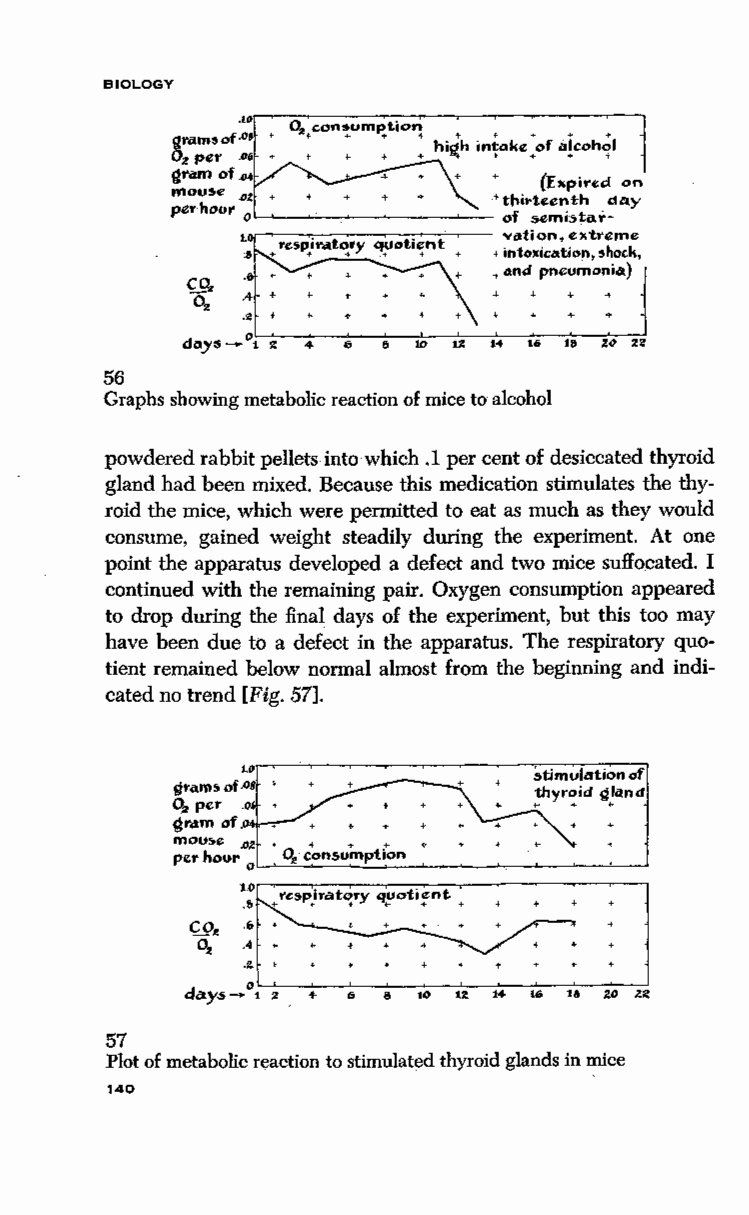
BIOLOGY
 ,..--..,.--::--~...,..,..,,.......,~- VCltion, extreme
 + intoxication, shock,
 +and pneumonia)
 H  16 1& %0 U
 56
 Graphs showing metabolic reaction of mice to alcohol
 powdered rabbit pellets into which .1 per cent of desiccated thyroid
 gland had been mixed. Because this medication stimulates the thy
 roid the mice, which were permitted to eat as much as they would
 consume, gained weight steadily during the experiment. At one
 point the apparatus developed a defect and two mice suffocated. I
 continued with the remaining pair. Oxygen consumption appeared
 to drop during the final days of the experiment, but this too may
 have been due to a defect in the apparatus. The respiratory quo
 tient remained below normal almost from the beginning and indi
 cated no trend [Fig. 57].
 LD~-~---~~-~---~~~~-~
 grilm:; of .oa '
 02 per .o
 gram of .04 •
 mouse Dll.
 perhour 0~~~-~~~~-~--~--~--~~--~
 57
 Plot of metabolic reaction to stimulated thyroid glands in mice
 140